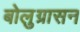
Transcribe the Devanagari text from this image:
बोलुग्रासन